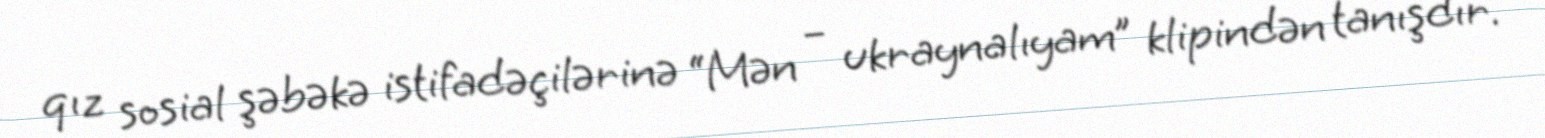
qız sosial şəbəkə istifadəçilərinə “Mən – ukraynalıyam” klipindən tanışdır.